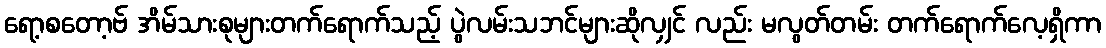
ရော့စတော့ဗ် အိမ်သားစုများတက်ရောက်သည့် ပွဲလမ်းသဘင်များဆိုလျှင် လည်း မလွတ်တမ်း တက်ရောက်လေ့ရှိကာ